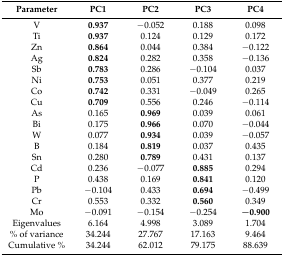
<table><thead><tr><td><b>Parameter</b></td><td><b>PC1</b></td><td><b>PC2</b></td><td><b>PC3</b></td><td><b>PC4</b></td></tr></thead><tbody><tr><td>V</td><td><b>0.937</b></td><td>−0.052</td><td>0.188</td><td>0.098</td></tr><tr><td>Ti</td><td><b>0.937</b></td><td>0.124</td><td>0.129</td><td>0.172</td></tr><tr><td>Zn</td><td><b>0.864</b></td><td>0.044</td><td>0.384</td><td>−0.122</td></tr><tr><td>Ag</td><td><b>0.824</b></td><td>0.282</td><td>0.358</td><td>−0.136</td></tr><tr><td>Sb</td><td><b>0.783</b></td><td>0.286</td><td>−0.104</td><td>0.037</td></tr><tr><td>Ni</td><td><b>0.753</b></td><td>0.051</td><td>0.377</td><td>0.219</td></tr><tr><td>Co</td><td><b>0.742</b></td><td>0.331</td><td>−0.049</td><td>0.265</td></tr><tr><td>Cu</td><td><b>0.709</b></td><td>0.556</td><td>0.246</td><td>−0.114</td></tr><tr><td>As</td><td>0.165</td><td><b>0.969</b></td><td>0.039</td><td>0.061</td></tr><tr><td>Bi</td><td>0.175</td><td><b>0.966</b></td><td>0.070</td><td>−0.044</td></tr><tr><td>W</td><td>0.077</td><td><b>0.934</b></td><td>0.039</td><td>−0.057</td></tr><tr><td>B</td><td>0.184</td><td><b>0.819</b></td><td>0.037</td><td>0.435</td></tr><tr><td>Sn</td><td>0.280</td><td><b>0.789</b></td><td>0.431</td><td>0.137</td></tr><tr><td>Cd</td><td>0.236</td><td>−0.077</td><td><b>0.885</b></td><td>0.294</td></tr><tr><td>P</td><td>0.438</td><td>0.169</td><td><b>0.841</b></td><td>0.120</td></tr><tr><td>Pb</td><td>−0.104</td><td>0.433</td><td><b>0.694</b></td><td>−0.499</td></tr><tr><td>Cr</td><td>0.553</td><td>0.332</td><td><b>0.560</b></td><td>0.349</td></tr><tr><td>Mo</td><td>−0.091</td><td>−0.154</td><td>−0.254</td><td><b>−0.900</b></td></tr><tr><td>Eigenvalues</td><td>6.164</td><td>4.998</td><td>3.089</td><td>1.704</td></tr><tr><td>% of variance</td><td>34.244</td><td>27.767</td><td>17.163</td><td>9.464</td></tr><tr><td>Cumulative %</td><td>34.244</td><td>62.012</td><td>79.175</td><td>88.639</td></tr></tbody></table>